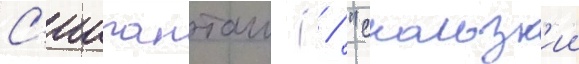
С'иипанташ ( / "скользк'ии